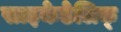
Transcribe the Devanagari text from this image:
साइकेडेलिक्